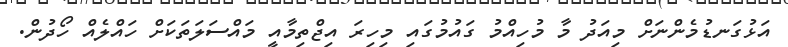
އަޅުގަނޑުމެންނަށް މިއަދު މާ މުހިއްމު ގައުމުގައި މިހިރަ އިޖްތިމާއީ މައްސަލަތަކަށް ހައްލެއް ހޯދުން.